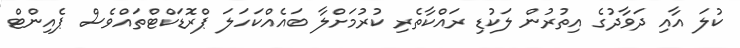
ކުލަ އާއި ދަވާދުގެ އިތުރުން ލަކުޑި ރައްކާތެރި ކުރުމަށްލާ ބައެއްކަހަލަ ޕްރޮޑަކްޓްތައްވެސް ޕެއިންޓް